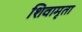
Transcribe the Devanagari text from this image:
शिवामृता